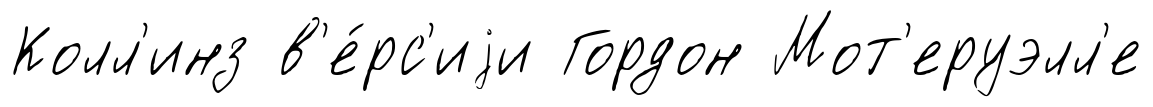
Колл'инз в'е́рс'иjи Гордон Мот'еруэлл'е